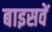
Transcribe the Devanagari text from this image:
बाइसवें